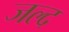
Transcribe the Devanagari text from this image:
जल्द